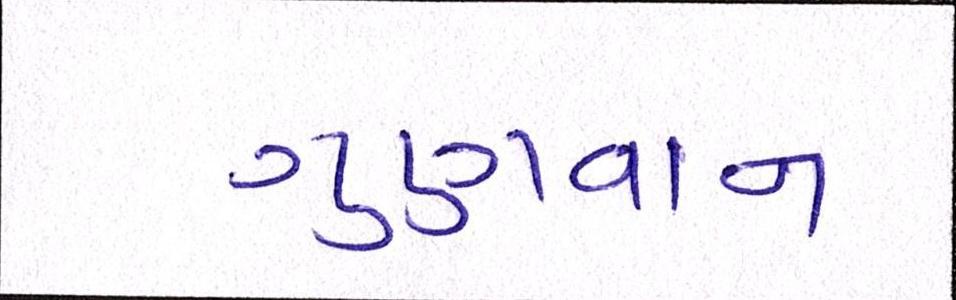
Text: ગુણગાન